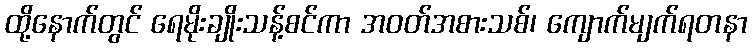
ထို့နောက်တွင် ရေမိုးချိုးသန့်စင်ကာ အဝတ်အစားသစ်၊ ကျောက်မျက်ရတနာ